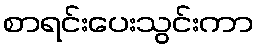
စာရင်းပေးသွင်းကာ